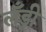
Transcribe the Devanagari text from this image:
लँड्री